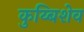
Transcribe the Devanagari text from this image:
कुय्बिशेव